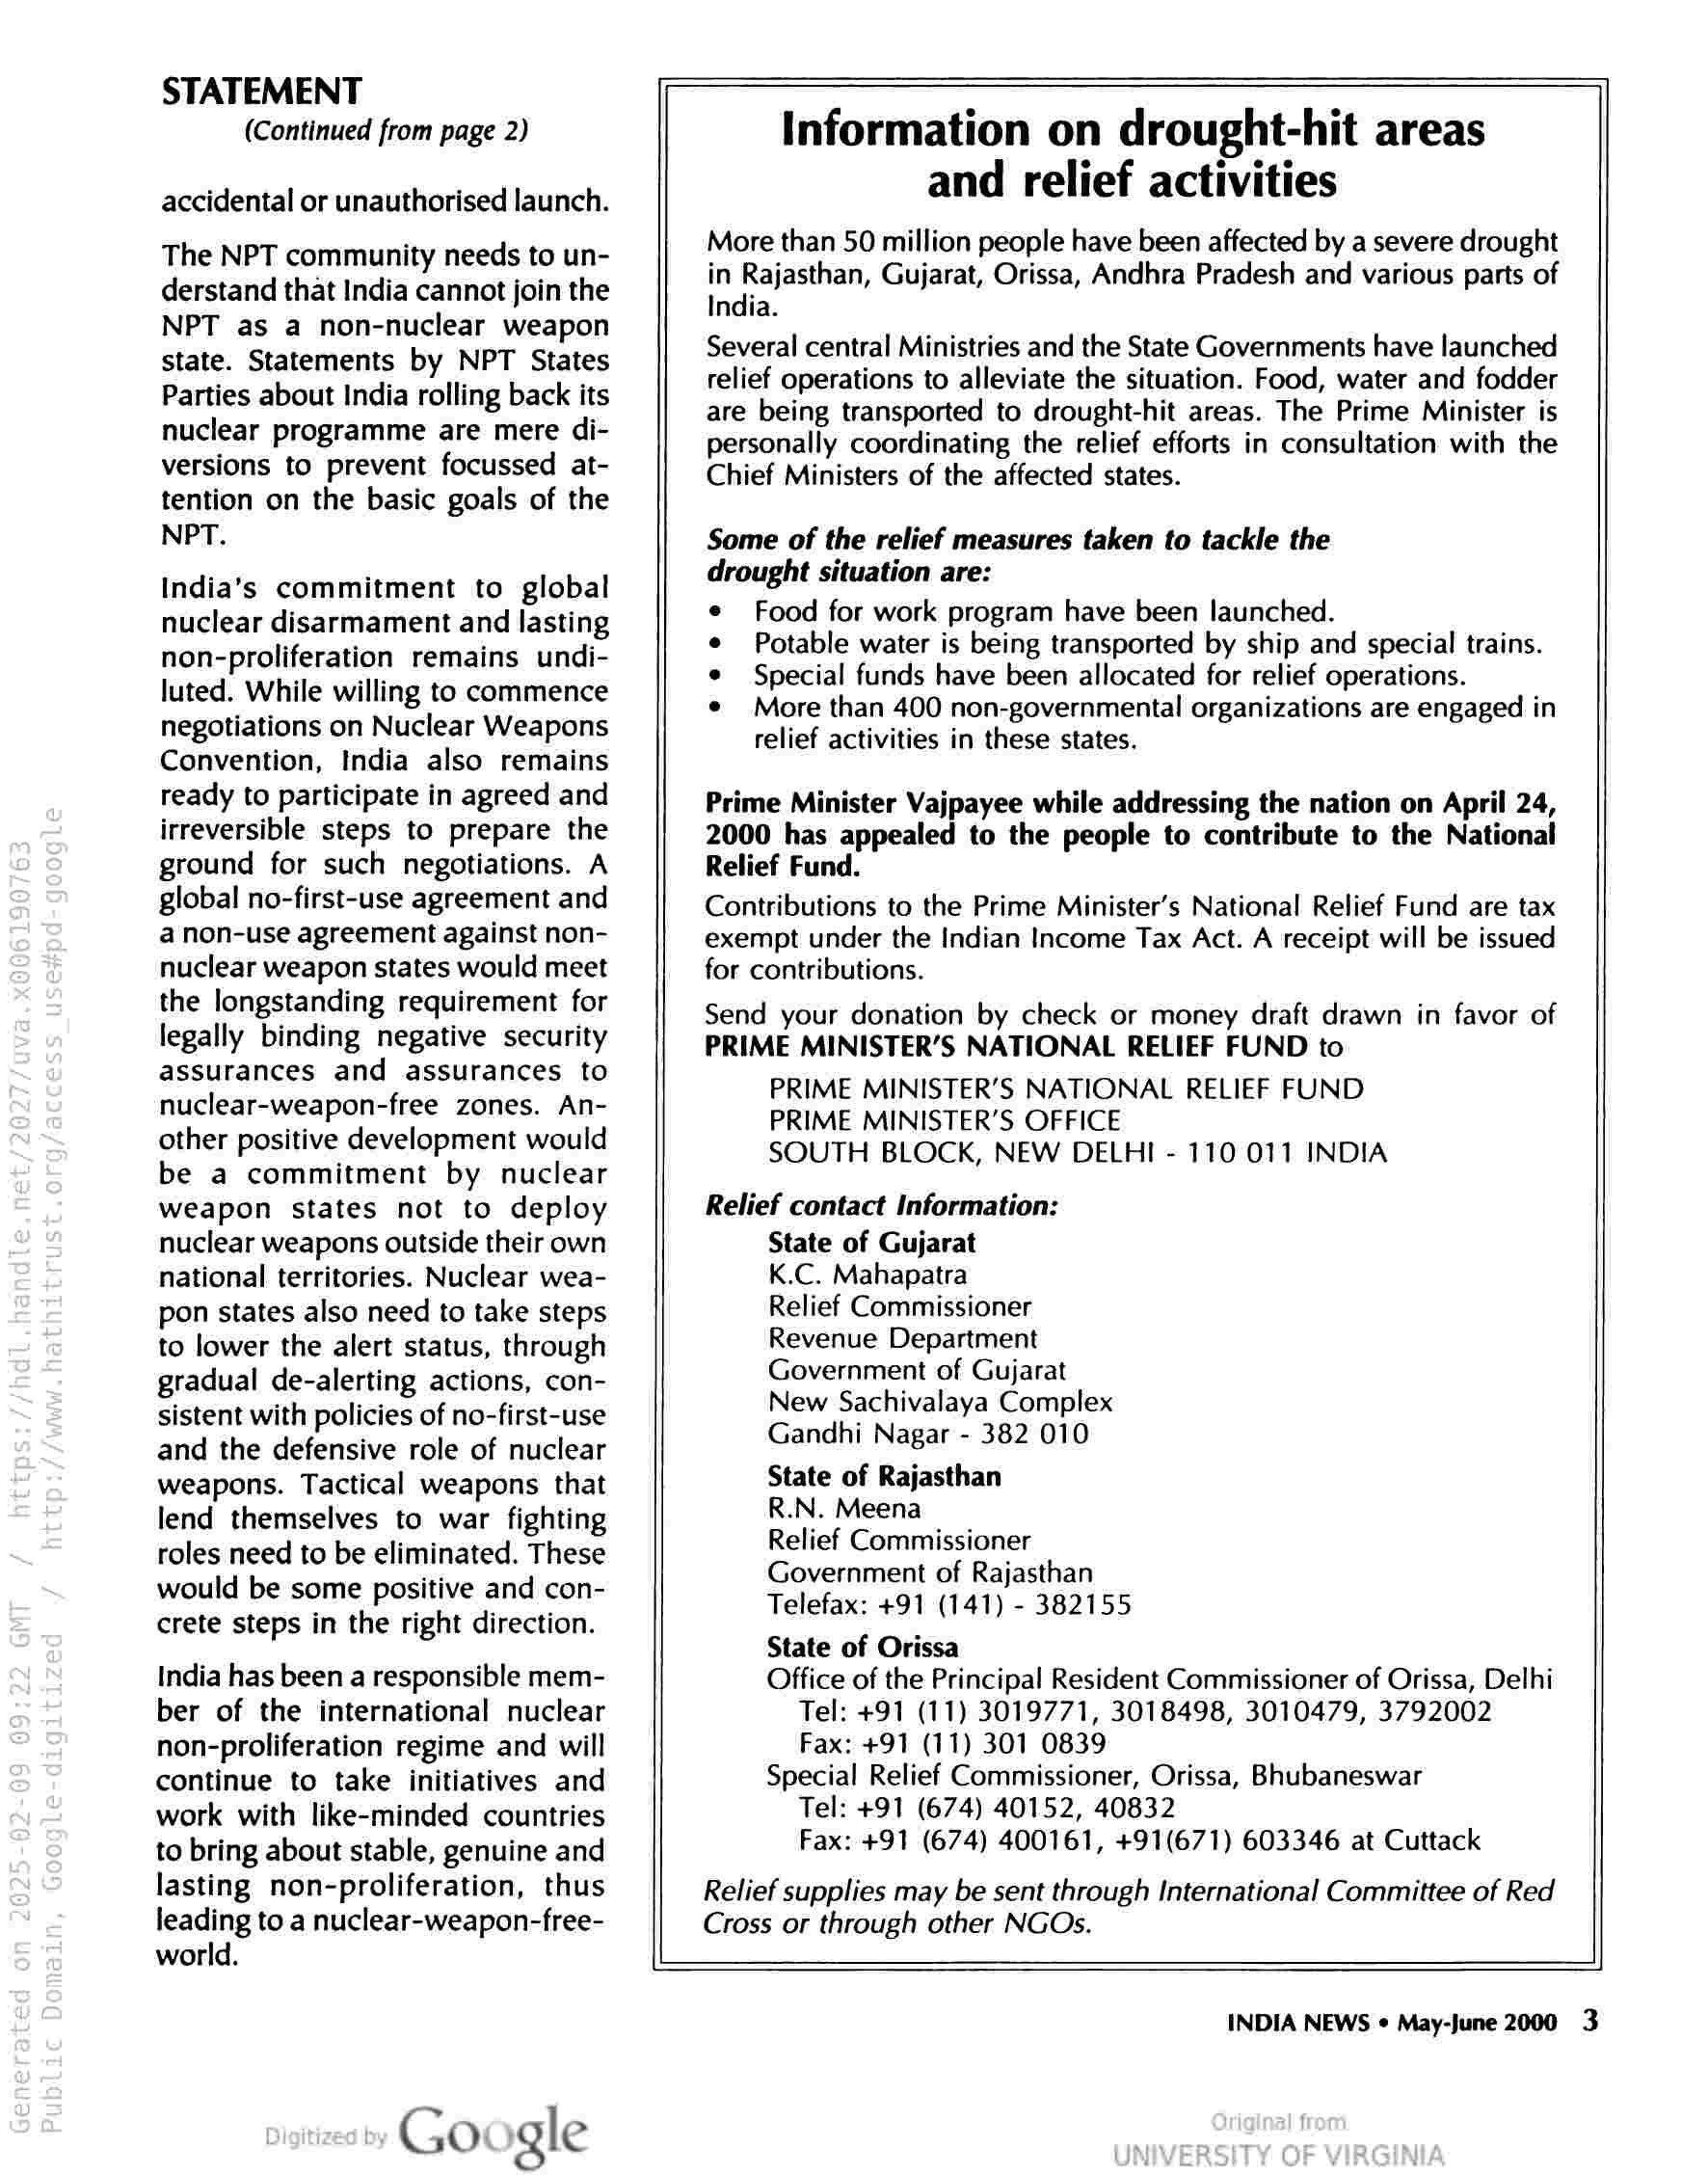
STATEMENT
(Continued from page 2)

accidental or unauthorised launch.

The NPT community needs to un-
derstand that India cannot join the
NPT as a non-nuclear weapon
state. Statements by NPT States
Parties about India rolling back its
nuclear programme are mere di-
versions to prevent focussed at-
tention on the basic goals of the
NPT.

India’s commitment to global
nuclear disarmament and lasting
non-proliferation remains undi-
luted. While willing to commence
negotiations on Nuclear Weapons
Convention, India also remains
ready to participate in agreed and
irreversible steps to prepare the
ground for such negotiations. A
global no-first-use agreement and
a non-use agreement against non-
nuclear weapon states would meet
the longstanding requirement for
legally binding negative security
assurances and assurances to
nuclear-weapon-free zones. An-
other positive development would
be a commitment by nuclear
weapon states not to deploy
nuclear weapons outside their own
national territories. Nuclear wea-
pon states also need to take steps
to lower the alert status, through
gradual de-alerting actions, con-
sistent with policies of no-first-use
and the defensive role of nuclear
weapons. Tactical weapons that
lend themselves to war fighting
roles need to be eliminated. These
would be some positive and con-
crete steps in the right direction.

India has been a responsible mem-
ber of the international nuclear
non-proliferation regime and will
continue to take initiatives and
work with like-minded countries
to bring about stable, genuine and
lasting non-proliferation, thus
leading to a nuclear-weapon-free-
world.

Google

Information on drought-hit areas
and relief activities

More than 50 million people have been affected by a severe drought
in Rajasthan, Gujarat, Orissa, Andhra Pradesh and various parts of
India.

Several central Ministries and the State Governments have launched
relief operations to alleviate the situation. Food, water and fodder
are being transported to drought-hit areas. The Prime Minister is
personally coordinating the relief efforts in consultation with the
Chief Ministers of the affected states.

Some of the relief measures taken to tackle the
drought situation are:

¢ Food for work program have been launched.

¢ Potable water is being transported by ship and special trains.

¢ Special funds have been allocated for relief operations.

© More than 400 non-governmental organizations are engaged in
relief activities in these states.

Prime Minister Vajpayee while addressing the nation on April 24,
2000 has appealed to the people to contribute to the National
Relief Fund.

Contributions to the Prime Minister’s National Relief Fund are tax
exempt under the Indian Income Tax Act. A receipt will be issued
for contributions.

Send your donation by check or money draft drawn in favor of
PRIME MINISTER’S NATIONAL RELIEF FUND to

PRIME MINISTER’S NATIONAL RELIEF FUND
PRIME MINISTER’S OFFICE
SOUTH BLOCK, NEW DELHI - 110 011 INDIA

Relief contact Information:
State of Gujarat
K.C. Mahapatra
Relief Commissioner
Revenue Department
Government of Gujarat
New Sachivalaya Complex
Gandhi Nagar - 382 010

State of Rajasthan

R.N. Meena

Relief Commissioner
Government of Rajasthan
Telefax: +91 (141) - 382155

State of Orissa

Office of the Principal Resident Commissioner of Orissa, Delhi
Tel: +91 (11) 3019771, 3018498, 3010479, 3792002
Fax: +91 (11) 301 0839

Special Relief Commissioner, Orissa, Bhubaneswar
Tel: +91 (674) 40152, 40832
Fax: +91 (674) 400161, +91(671) 603346 at Cuttack

Relief supplies may be sent through International Committee of Red
Cross or through other NGOs.

INDIA NEWS « May-June 2000 3